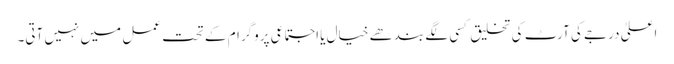
اعلیٰ درجے کی آرٹ کی تخلیق کسی لگے بندھے خیال یا اجتماعی پروگرام کے تحت عمل میں نہیں آتی۔